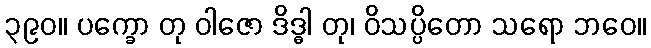
၃၉၀။ ပက္ခော တု ဝါဇော ဒိဒ္ဓါ တု၊ ဝိသပ္ပိတော သရော ဘဝေ။